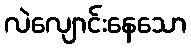
လဲလျောင်းနေသော